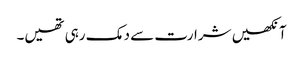
آنکھیں شرارت سے دمک رہی تھیں۔